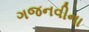
ગજનવીના